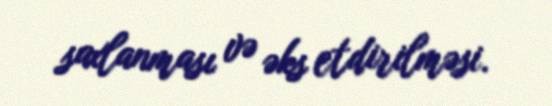
saxlanması və əks etdirilməsi.